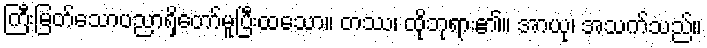
ကြီးမြတ်သောပညာရှိတော်မူပြီးထသော။ တဿ၊ ထိုဘုရား၏။ အာယု၊ အသက်သည်။